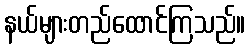
နယ်များတည်ထောင်ကြသည်။